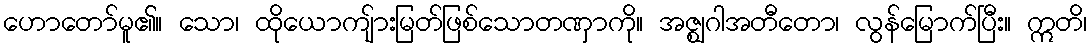
ဟောတော်မူ၏။ သော၊ ထိုယောကျ်ားမြတ်ဖြစ်သောတဏှာကို။ အဇ္ဈဂါအတီတော၊ လွန်မြောက်ပြီး။ ဣတိ၊